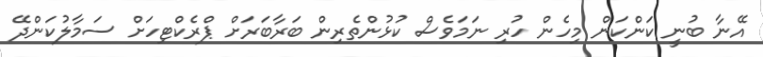
އޭނާ ބުނީ ކަންކަން މިހެން ހުރި ނަމަވެސް ކުޅުންތެރިން ބަރާބަރަށް ޕްރެކްޓިހަށް ސަމާލުކަންދޭ